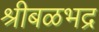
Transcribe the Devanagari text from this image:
श्रीबळभद्र